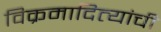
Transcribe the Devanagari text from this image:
विक्रमादित्यांची